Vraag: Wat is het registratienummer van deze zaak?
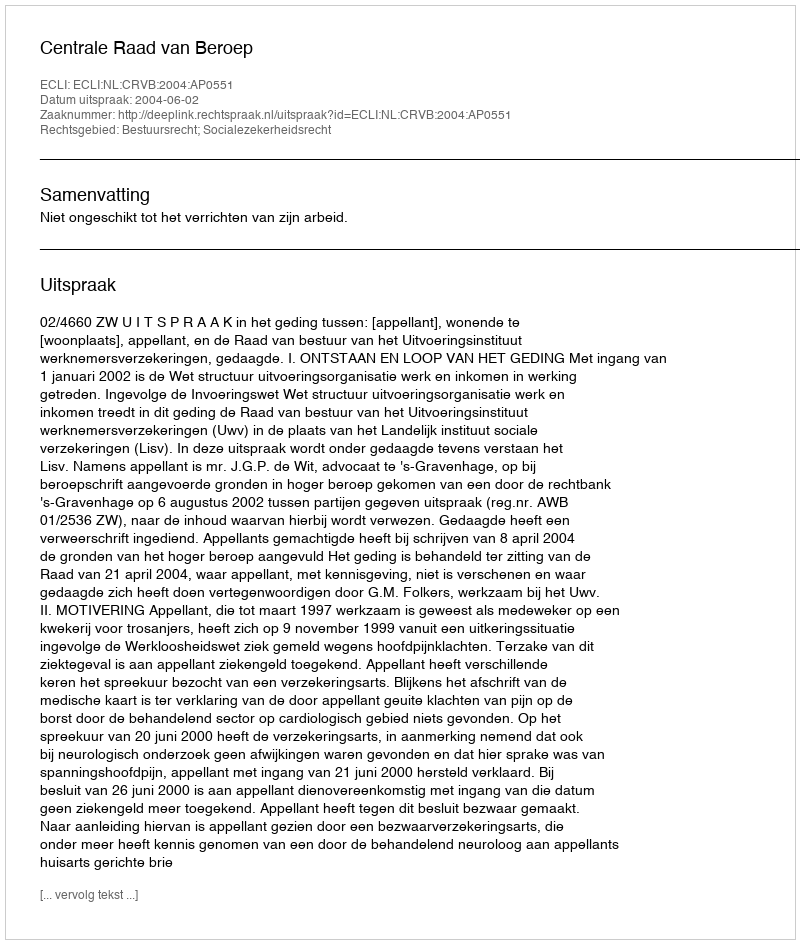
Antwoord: http://deeplink.rechtspraak.nl/uitspraak?id=ECLI:NL:CRVB:2004:AP0551